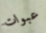
عبوات